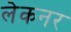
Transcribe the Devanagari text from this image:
लेकनर